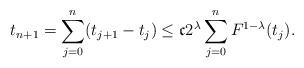
LaTeX: \begin{align*}t_{n+1} = \sum_{j=0}^n (t_{j+1} - t_j) \leq \mathfrak{c} 2^{\lambda} \sum_{j=0}^n F^{1-\lambda}(t_j).\end{align*}